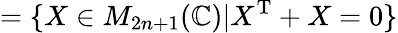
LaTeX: =\{ X\in M_{2n+1}(\mathbb{C})|X^{\mathrm{T}}+X=0\}